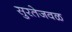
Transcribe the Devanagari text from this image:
सुरतेजवळ